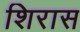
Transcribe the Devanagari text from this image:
शिरास